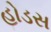
હોડસ